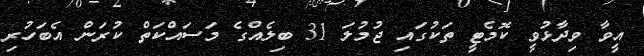
އީވާ ވިދާޅުވީ ކޮމެޓީ ތަކުގައި ޖުމުލަ 31 ބިލެއްގެ މަސައްކަތް ކުރަން އެބަހުރި